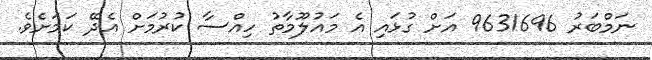
ނަމްބަރު 9631696 އަށް ގުޅައި އެ މައުލޫމާތު ހިއްސާ ކުރުމަށް އެދޭ ކަމަށެވެ.